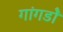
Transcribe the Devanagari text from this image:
गांगडोे